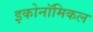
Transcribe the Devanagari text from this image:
इकोनॉमिकल